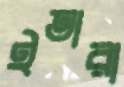
ইতারা